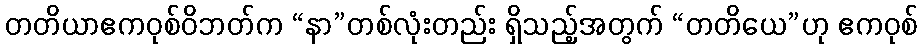
တတိယာဧကဝုစ်ဝိဘတ်က “နာ”တစ်လုံးတည်း ရှိသည့်အတွက် “တတိယေ”ဟု ဧကဝုစ်